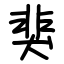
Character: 猆